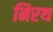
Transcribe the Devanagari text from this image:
निरथ